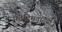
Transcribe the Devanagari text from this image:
कादिमताख्या